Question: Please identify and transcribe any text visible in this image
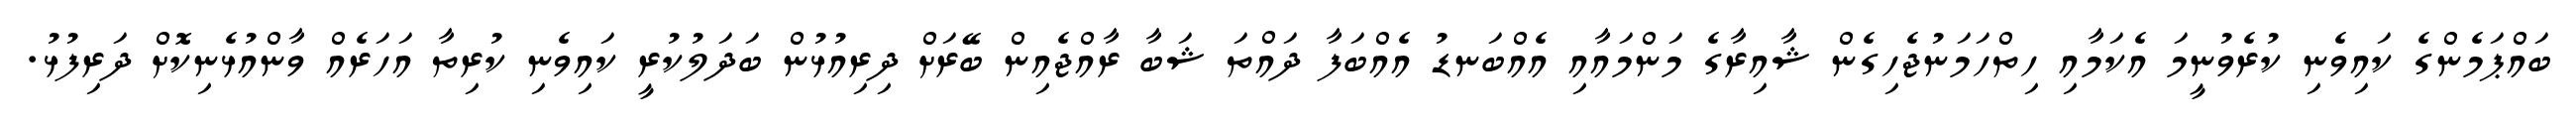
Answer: ބައްޕަމެންގެ ކައިވެނި ކުރެވުނީމަ އެކަމާއި ހިތްހަމަނުޖެހިގެން ޝާއިރާގެ މަންމައާއި އެއްބަނޑު އެއްބަފާ ދައްތަ ޝަބާ ރާއްޖެއިން ބޭރަށް ދިރިއުޅުން ބަދަލުކުރީ ކައިވެނި ކުރިތާ އަހަރެއް ވާންއުޅެނިކޮށް ދަރިފުޅު.